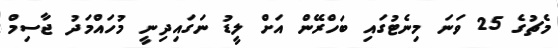
މެޗުގެ 25 ވަނަ މިނެޓުގައި ބަހްރޭން އަށް ލީޑު ނަގައިދިނީ މުހައްމަދު ޖާސިމް